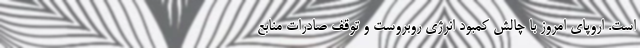
است. اروپای امروز با چالش کمبود انرژی روبروست و توقف صادرات منابع